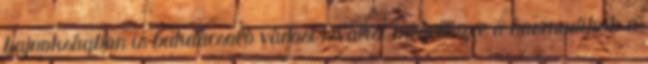
bajnokságban is bukdácsoló városi riválist megelőzve a harmadikok a